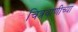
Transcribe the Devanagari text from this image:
चित्रवाणीच्या